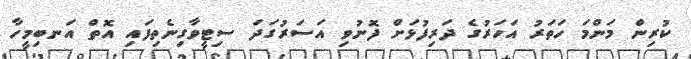
ކުރިން މަންމަ ހަތަރު އަހަރުގެ ދަރިފުޅަށް ފޮނުވި އަސަރުގަދަ ސިޓީވާގިނެތިފައި އޮތް އަނބިމީހާ